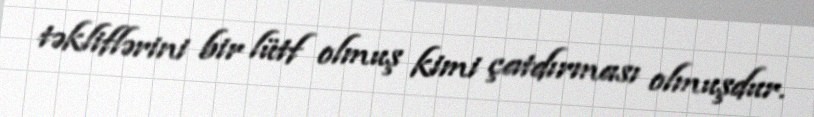
təkliflərini bir lütf olmuş kimi çatdırması olmuşdur.